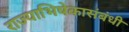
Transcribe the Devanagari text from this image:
राज्याभिषेकासंबंधी